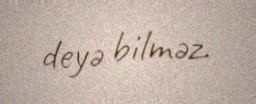
deyə bilməz.